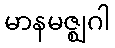
မာနမဇ္ဈဂါ